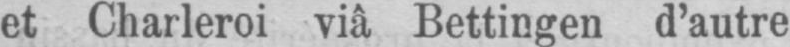
et Charleroi via Bettingen d’autre